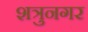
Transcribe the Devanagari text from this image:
शत्रुनगर